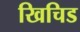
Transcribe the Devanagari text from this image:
खिचिड